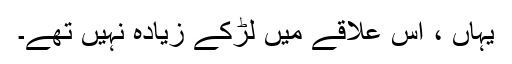
یہاں ، اس علاقے میں لڑکے زیادہ نہیں تھے۔